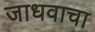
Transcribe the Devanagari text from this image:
जाधवाचा